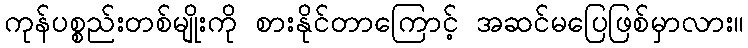
ကုန်ပစ္စည်းတစ်မျိုးကို စားနိုင်တာကြောင့် အဆင်မပြေဖြစ်မှာလား။